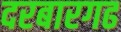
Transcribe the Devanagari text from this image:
दरबारगढ